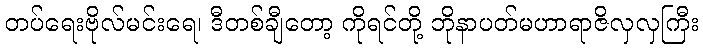
တပ်ရေးဗိုလ်မင်းရေ၊ ဒီတစ်ချီတော့ ကိုရင်တို့ ဘိုနာပတ်မဟာရာဇိလှလှကြီး